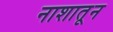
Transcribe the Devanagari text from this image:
नाशातून